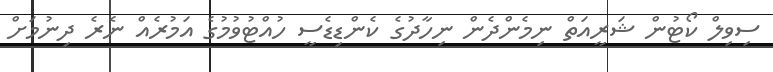
ސިވިލް ކޯޓުން ޝަރީއަތް ނިމެންދެން ނިހާދުގެ ކެންޑިޑެސީ ހުއްޓުވުމުގެ އަމުރެއް ނެރެ ދިނުމަށް